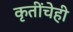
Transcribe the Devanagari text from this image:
कृतींचेही